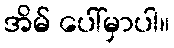
အိမ် ပေါ်မှာပါ။